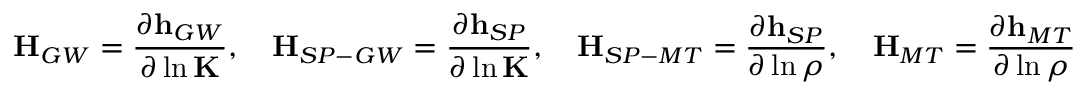
\mathbf { H } _ { G W } = \frac { \partial \mathbf { h } _ { G W } } { \partial \ln \mathbf { K } } , \quad \mathbf { H } _ { S P - G W } = \frac { \partial \mathbf { h } _ { S P } } { \partial \ln \mathbf { K } } , \quad \mathbf { H } _ { S P - M T } = \frac { \partial \mathbf { h } _ { S P } } { \partial \ln \rho } , \quad \mathbf { H } _ { M T } = \frac { \partial \mathbf { h } _ { M T } } { \partial \ln \rho }